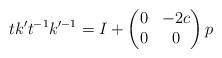
LaTeX: \begin{align*}tk't^{-1}k'^{-1} = I + \begin{pmatrix} 0 & -2c \\ 0 & 0 \end{pmatrix} p\end{align*}